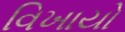
વિખાયો